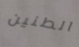
الطنين